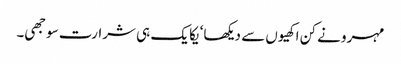
مہرو نے کن اکھیوں سے دیکھا‘ یکا یک ہی شرارت سوجھی۔